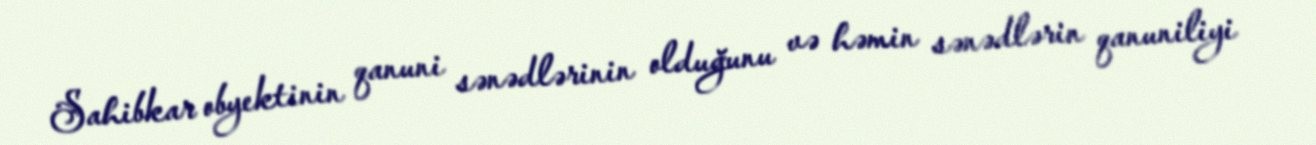
Sahibkar obyektinin qanuni sənədlərinin olduğunu və həmin sənədlərin qanuniliyi